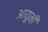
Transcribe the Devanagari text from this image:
आयूनी